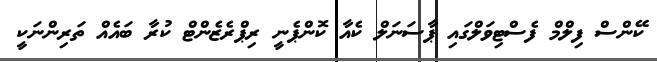
ކޭންސް ފިލްމް ފެސްޓިވަލްގައި ޕާސަނަލް ކެއާ ކޮންޕެނީ ރިޕްރެޒެންޓް ކުރާ ބައެއް ތަރިންނަކީ